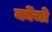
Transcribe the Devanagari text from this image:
कोंचो